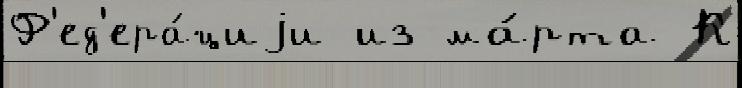
Ф'ед'ера́циjи из ма́рта К